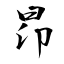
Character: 昂